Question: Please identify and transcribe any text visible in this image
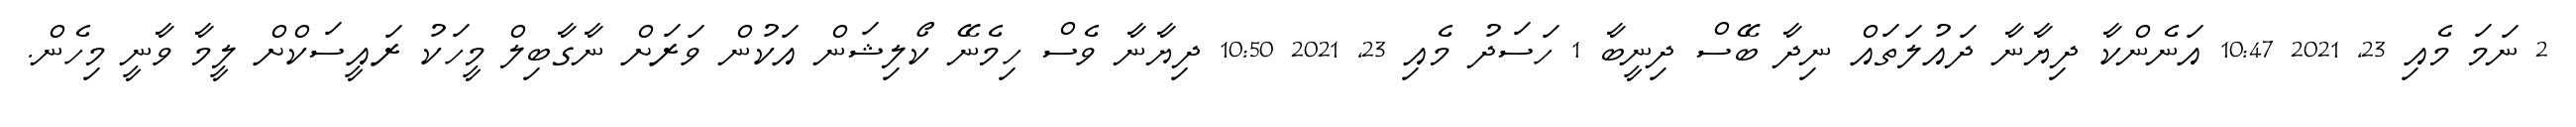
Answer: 2 ނަމަ މެއި 23, 2021 10:47 އަނެންކާ ދިޔާނާ ދައުލަތައް ނިދާ ބޭސް ދިނީބާ 1 ހަސަދު މެއި 23, 2021 10:50 ދިޔާނާ ވެސް ހިމެނޭ ކޯލިޝަން އަކުން ވަރަށް ނާގާބިލް މީހަކު ރައީސަކްށް ލީމާ ވާނީ މިހެން.